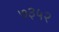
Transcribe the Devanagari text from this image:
७३५२